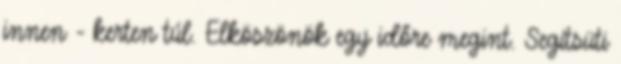
innen - kerten túl. Elköszönök egy időre megint. Segítsüti